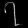
Digit: ၇